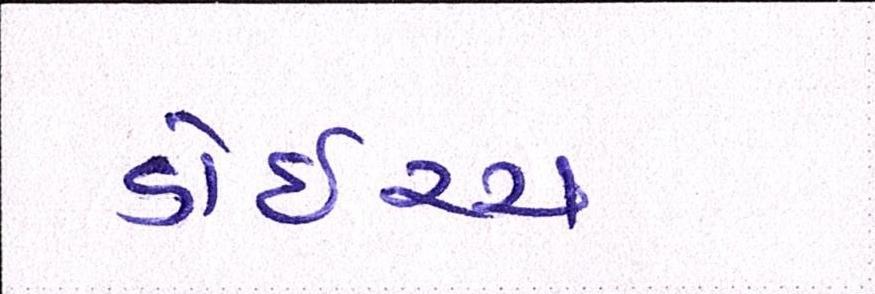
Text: ડોઇચ્ચ